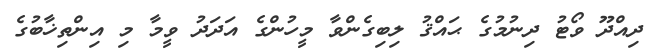
ދިއްދޫ ވޯޓު ދިނުމުގެ ޙައްޤު ލިބިގެންވާ މީހުންގެ އަދަދު ވީމާ މި އިންތިޚާބުގެ